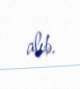
alıb.